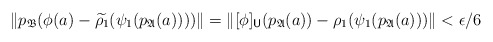
\begin{align*}\| p_\mathfrak{B}(\phi(a) - \widetilde{\rho_1} ( \psi_1(p_\mathfrak{A}(a))) ) \| = \| [\phi]_{ \mathsf U } (p_\mathfrak{A}(a)) - \rho_1 ( \psi_1 (p_\mathfrak{A} (a))) \| < \epsilon/6\end{align*}